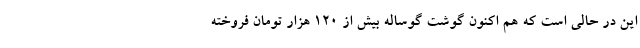
این در حالی است که هم اکنون گوشت گوساله بیش از 120 هزار تومان فروخته